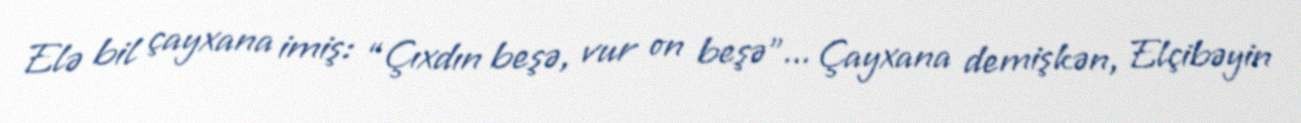
Elə bil çayxana imiş: “Çıxdın beşə, vur on beşə”... Çayxana demişkən, Elçibəyin